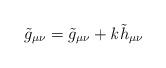
LaTeX: \begin{align*}\tilde{g}_{\mu \nu } = \tilde{g}_{\mu \nu } + {\it k}\tilde{h}_{\mu \nu }\end{align*}